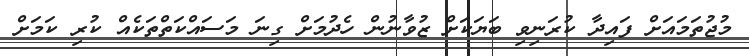
މުޖުތަމައަށް ފައިދާ ކުރަނިވި ބަޔަކަށް ޒުވާނުން ހެދުމަށް ގިނަ މަސައްކަތްތަކެއް ކުރި ކަމަށް